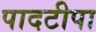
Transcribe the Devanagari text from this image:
पादटीपा